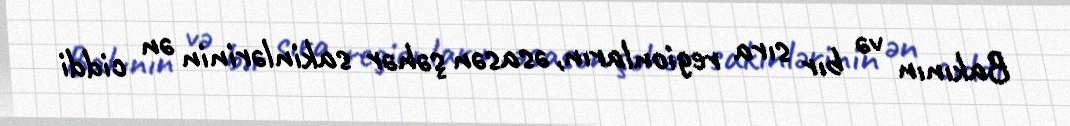
Bakının və bır sıra regionların, əsasən şəhər sakinlərinin ən ciddi